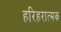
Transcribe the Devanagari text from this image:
हरिहरात्मक